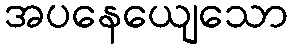
အပနေယျေသော